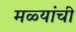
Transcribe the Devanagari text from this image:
मळ्यांची